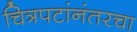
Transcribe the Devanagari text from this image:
चित्रपटांनंतरचा